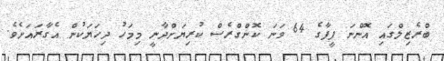
ބްރެޒިލްގައި އޮންނަ ފީފާގެ 64 ވަނަ ކޮންގްރެސް ކުރިޔަށްދާނީ މިމަހު ދިހަޔަކުން އެގާރައަށެވެ.